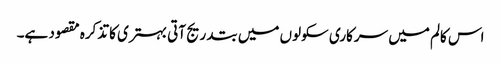
اس کالم میں سرکاری سکولوں میں بتدریج آتی بہتری کا تذکرہ مقصود ہے۔